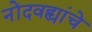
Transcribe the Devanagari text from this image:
नोंदवह्यांचे